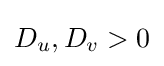
D_{u},D_{v}>0